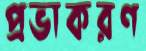
প্রভাকরণ